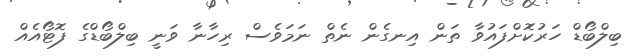
ބިލްބޯޑް ހަރުކޮަށްފައުވާ ތަން އިނގެން ނެތް ނަމަވެސް ރިހާނާ ވަނީ ބިލްބޯޑްގެ ފޮޓޯއެއް